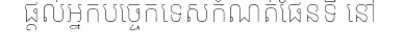
ផ្តល់អ្នកបច្ចេកទេសកំណត់ផែនទី នៅ